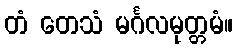
တံ တေသံ မင်္ဂလမုတ္တမံ။